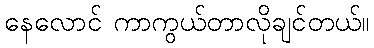
နေလောင် ကာကွယ်တာလိုချင်တယ်။